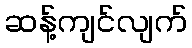
ဆန့်ကျင်လျက်